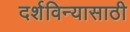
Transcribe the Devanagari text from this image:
दर्शविन्यासाठी